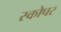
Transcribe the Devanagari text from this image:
स्कोपर